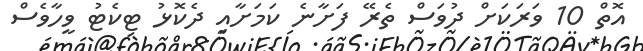
އޮތް 10 ވަރަކަށް ދުވަސް ތެރޭ ފަށާނެ ކަމަށާއި ދެކޮޅު ޓިކެޓު ވީހާވެސް